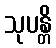
သုပန္တိ